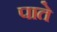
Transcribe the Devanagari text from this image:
पाते